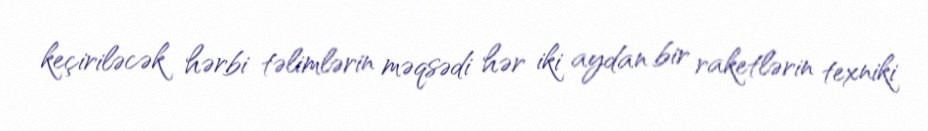
keçiriləcək hərbi təlimlərin məqsədi hər iki aydan bir raketlərin texniki